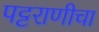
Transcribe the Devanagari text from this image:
पट्टराणीचा